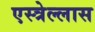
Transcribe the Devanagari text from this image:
एस्त्रेल्लास